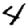
Digit: 4